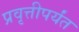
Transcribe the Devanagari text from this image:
प्रवृत्तीपर्यंत